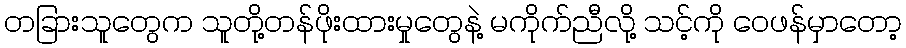
တခြားသူတွေက သူတို့တန်ဖိုးထားမှုတွေနဲ့ မကိုက်ညီလို့ သင့်ကို ဝေဖန်မှာတော့